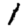
Digit: 1